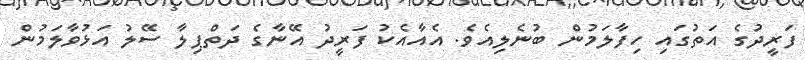
ފަރީދުގެ އަތުގައި ހިފާލަމުން ބުނެލިއެވެ. އެއާއެކު ފަރީދު އޭނާގެ ދަތްޕިލާ ސޭލު އަޅުވާލަމުން